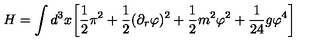
H = \int d ^ { 3 } x \biggl [ \frac { 1 } { 2 } \pi ^ { 2 } + \frac { 1 } { 2 } ( \partial _ { r } \varphi ) ^ { 2 } + \frac { 1 } { 2 } m ^ { 2 } \varphi ^ { 2 } + \frac { 1 } { 2 4 } g \varphi ^ { 4 } \biggr ]